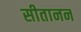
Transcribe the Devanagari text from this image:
सीतानन